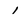
Character: 1